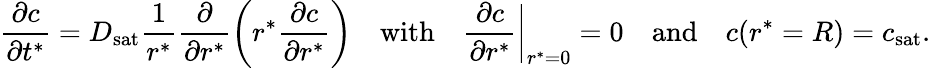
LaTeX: \frac{\partial c}{\partial t^{*}}=D_{\mathrm{sat}}\frac{1}{r^{*}}\frac{\partial}{\partial r^{*}}\left(r^{*}\frac{\partial c}{\partial r^{*}}\right)~~~~\mathrm{with}~~~~\frac{\partial c}{\partial r^{*}}\biggr|_{r^{*}=0}=0~~~~\mathrm{and}~~~~c(r^{*}=R)=c_{\mathrm{sat}}.